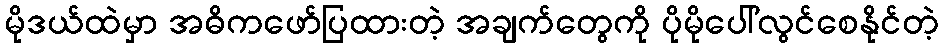
မိုဒယ်ထဲမှာ အဓိကဖော်ပြထားတဲ့ အချက်တွေကို ပိုမိုပေါ်လွင်စေနိုင်တဲ့